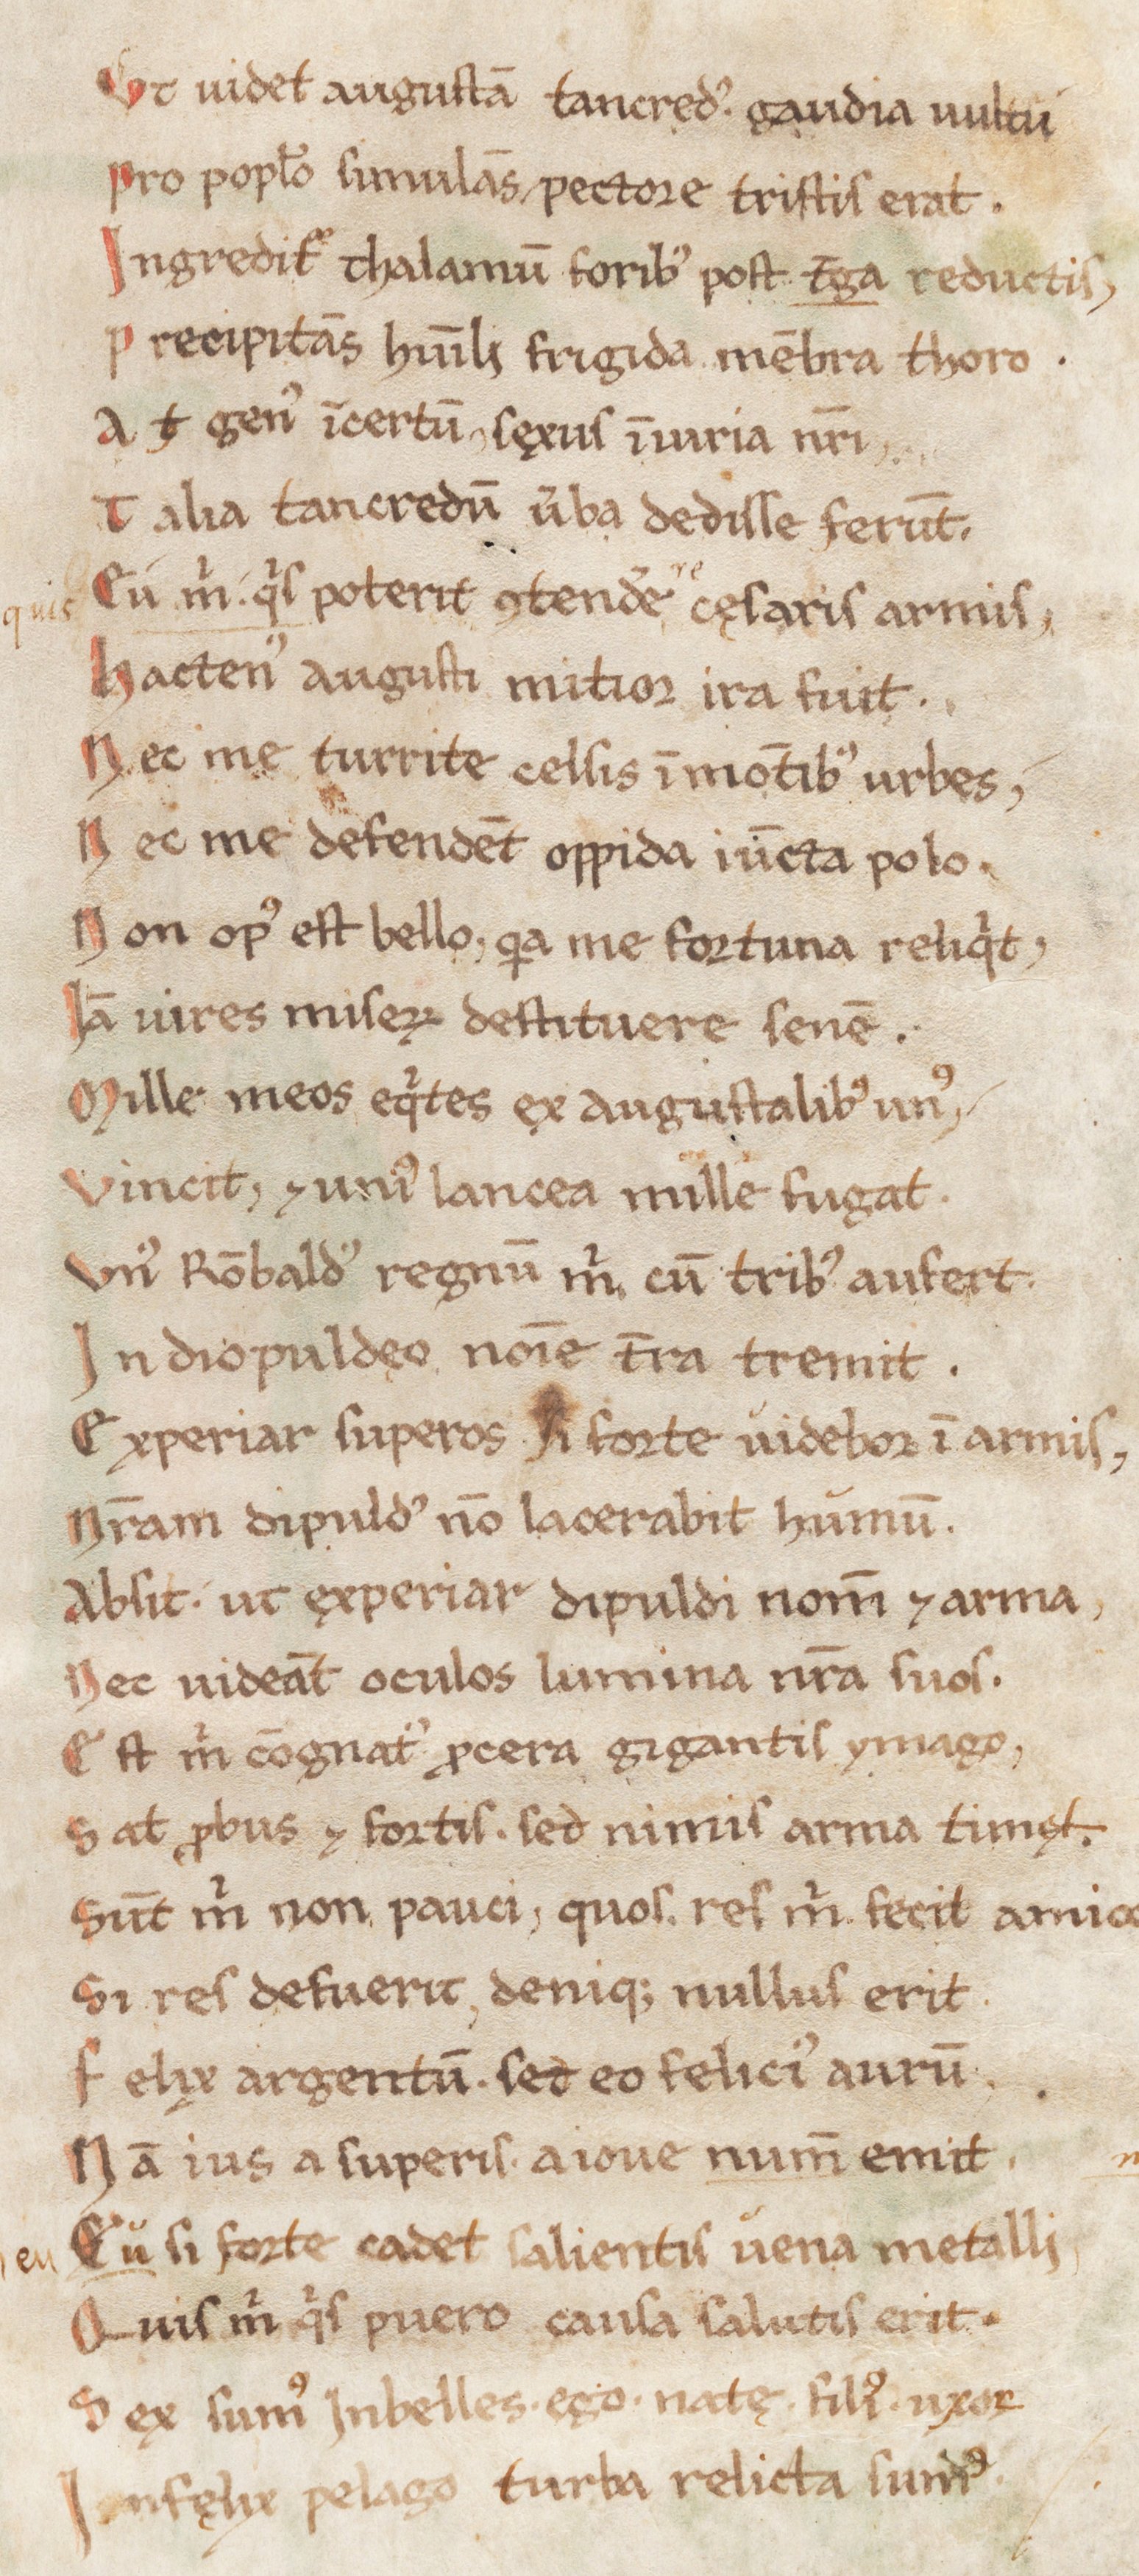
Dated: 1180–1199